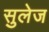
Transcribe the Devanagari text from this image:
सुलेज